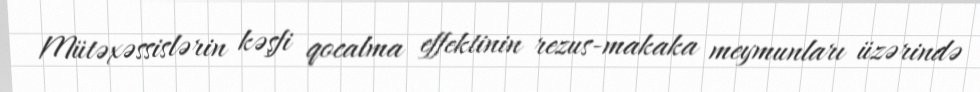
Mütəxəssislərin kəşfi qocalma effektinin rezus-makaka meymunları üzərində